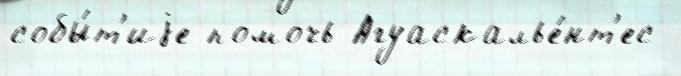
собы́т'иjе помочь Агуаскалье́нт'ес